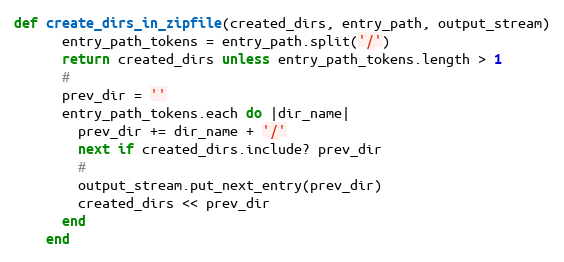
Language: Ruby
def create_dirs_in_zipfile(created_dirs, entry_path, output_stream)
      entry_path_tokens = entry_path.split('/')
      return created_dirs unless entry_path_tokens.length > 1
      #
      prev_dir = ''
      entry_path_tokens.each do |dir_name|
        prev_dir += dir_name + '/'
        next if created_dirs.include? prev_dir
        #
        output_stream.put_next_entry(prev_dir)
        created_dirs << prev_dir
      end
    end